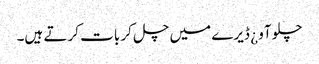
چلو آو ¿ ڈیرے میں چل کر بات کرتے ہیں۔